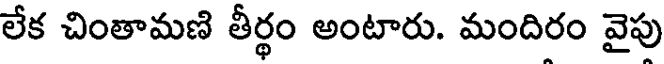
లేక చింతామణి తీర్థం అంటారు. మందిరం వైపు